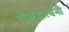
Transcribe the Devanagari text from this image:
गोसुदार्त्वेनी